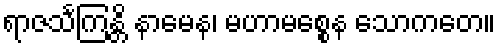
ရာဇသင်္ကြန္တိ နာမေန၊ မဟာမစ္စေန သောကတေ။